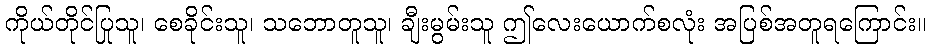
ကိုယ်တိုင်ပြုသူ၊ စေခိုင်းသူ၊ သဘောတူသူ၊ ချီးမွမ်းသူ ဤလေးယောက်စလုံး အပြစ်အတူရကြောင်း။